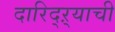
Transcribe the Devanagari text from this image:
दारिद्ऱ्याची